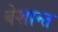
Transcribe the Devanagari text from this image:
बेशान्त